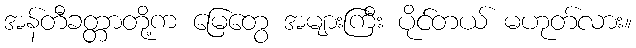
အန်တီခတ္တာတို့က မြေတွေ အများကြီး ပိုင်တယ် မဟုတ်လား။